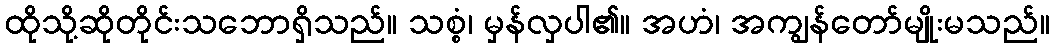
ထိုသို့ဆိုတိုင်းသဘောရှိသည်။ သစ္စံ၊ မှန်လှပါ၏။ အဟံ၊ အကျွန်တော်မျိုးမသည်။